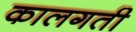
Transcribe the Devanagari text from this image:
कालगती